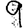
Digit: 9